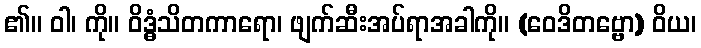
၏။ ဝါ၊ ကို။ ဝိဒ္ဓံသိတကာရော၊ ဖျက်ဆီးအပ်ရာအခါကို။ (ဝေဒိတဗ္ဗော) ဝိယ၊